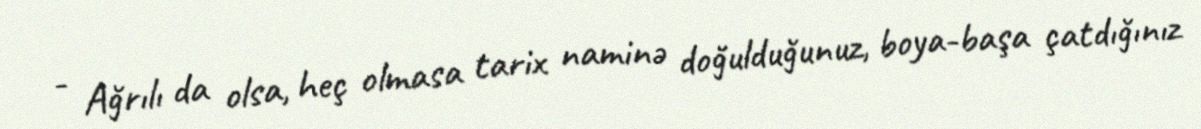
- Ağrılı da olsa, heç olmasa tarix naminə doğulduğunuz, boya-başa çatdığınız